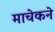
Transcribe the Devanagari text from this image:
माचेकने